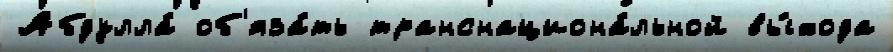
Абдулла́ об'яза́ть транснациона́льной вы́хода